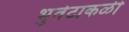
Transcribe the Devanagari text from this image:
भुतेटाकळी